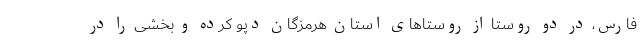
فارس، در دو روستا از روستاهای استان هرمزگان دپو کرده و بخشی را در